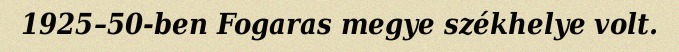
1925–50-ben Fogaras megye székhelye volt.